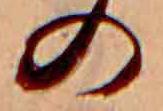
の